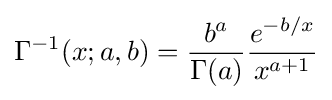
\Gamma ^{-1}(x;a,b)={\frac {b^{a}}{\Gamma (a)}}{\frac {e^{-b/x}}{{x}^{a+1}}}